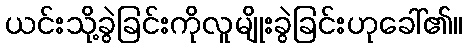
ယင်းသို့ခွဲခြင်းကိုလူမျိုးခွဲခြင်းဟုခေါ်၏။